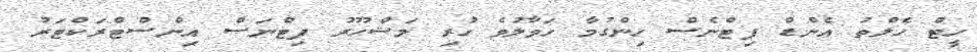
ހީޓް ހެލްތު އެންޑް ފިޓްނެސް ހިންގުމާ ހަވާލުވެ ހުރި މަޝްހޫރު ފިޓްނަސް އިންސްޓްރަކްޓަރު